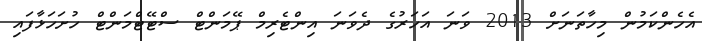
އެހެންކަމުން މިހާތަނަށް 2013 ވަނަ އަހަރުގެ ދެވަނަ އިންޓެރިމް ޕޭމަންޓް ސްޓޭޓްމަންޓް ހުށަހަޅާފައި